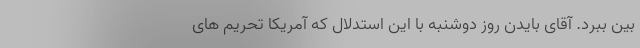
بین ببرد. آقای بایدن روز دوشنبه با این استدلال كه آمریكا تحریم های